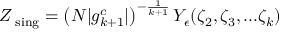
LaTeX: Z _ { \mathrm { \scriptsize ~ s i n g } } = \left( N | g _ { k + 1 } ^ { c } | \right) ^ { - \frac { 1 } { k + 1 } } Y _ { \epsilon } ( \zeta _ { 2 } , \zeta _ { 3 } , . . . \zeta _ { k } )